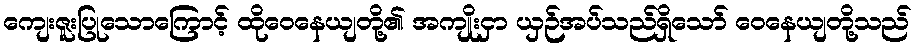
ကျေးဇူးပြုသောကြောင့် ထိုဝေနေယျတို့၏ အကျိုးငှာ ယှဉ်အပ်သည်ရှိသော် ဝေနေယျတို့သည်